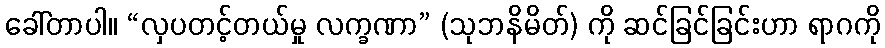
ခေါ်တာပါ။ “လှပတင့်တယ်မှု လက္ခဏာ” (သုဘနိမိတ်) ကို ဆင်ခြင်ခြင်းဟာ ရာဂကို